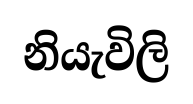
නියැවිලි